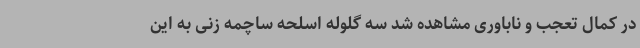
در کمال تعجب و ناباوری مشاهده شد سه گلوله اسلحه ساچمه زنی به این